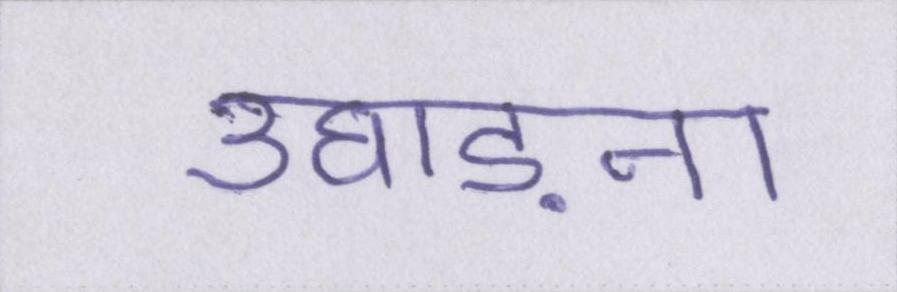
उघाड़ना